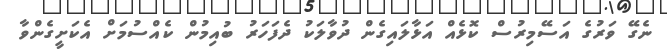
ނެގޭ ވަރުގެ އަސޭމިރުސް ކޮޅެއް އަޅާލައިގެން ދުވާލަކު ދެފަހަރު ބުއިމުން ކެއްސުމަށް އެކަށީގެންވާ